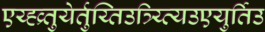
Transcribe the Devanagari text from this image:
एय्ह्व्र्तुयेर्तुय्तिउत्र्य्त्यिउएयुर्तिउ